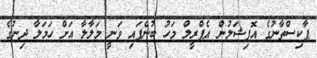
ޕާކިސްތާނުގެ އޮފިޝަލުން އެޕްރީލް މަހު ބުނެފައި ވަނީ މަލާލާ އަށް ހަމަލާ ދިނުގެ